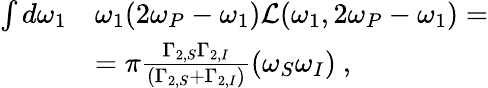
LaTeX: \begin{array}{rl}{\int d\omega_{1}}&{\omega_{1}(2\omega_{P}-\omega_{1})\mathcal{L}(\omega_{1},2\omega_{P}-\omega_{1})=}\\ &{=\pi\frac{\Gamma_{2,S}\Gamma_{2,I}}{\left(\Gamma_{2,S}+\Gamma_{2,I}\right)}\left(\omega_{S}\omega_{I}\right)\ ,}\end{array}